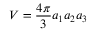
V = \frac { 4 \pi } { 3 } a _ { 1 } a _ { 2 } a _ { 3 }